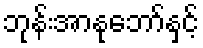
ဘုန်းအာနုဘော်နှင့်